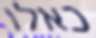
כאלו